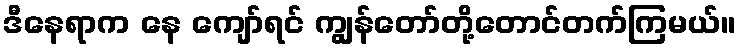
ဒီနေရာက နေ ကျော်ရင် ကျွန်တော်တို့တောင်တက်ကြမယ်။